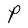
Character: P